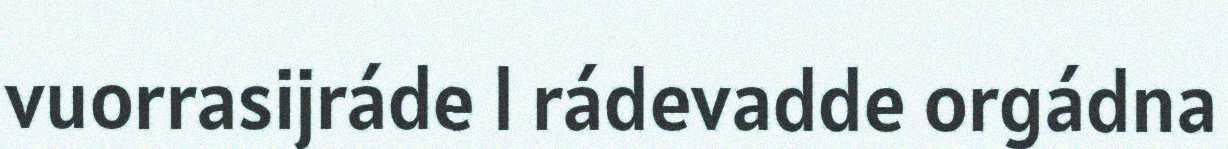
vuorrasijráde l rádevadde orgádna